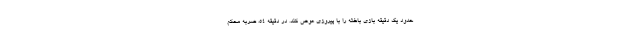
حدود یک دقیقه بازی باخته را با پیروزی عوض کند. در دقیقه ۵۴، ضربه محکم